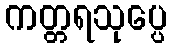
ကတ္တရသုပ္ပေ